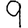
Digit: 9